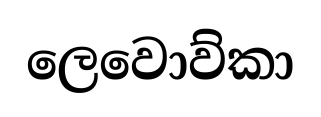
ලෙවොව්කා